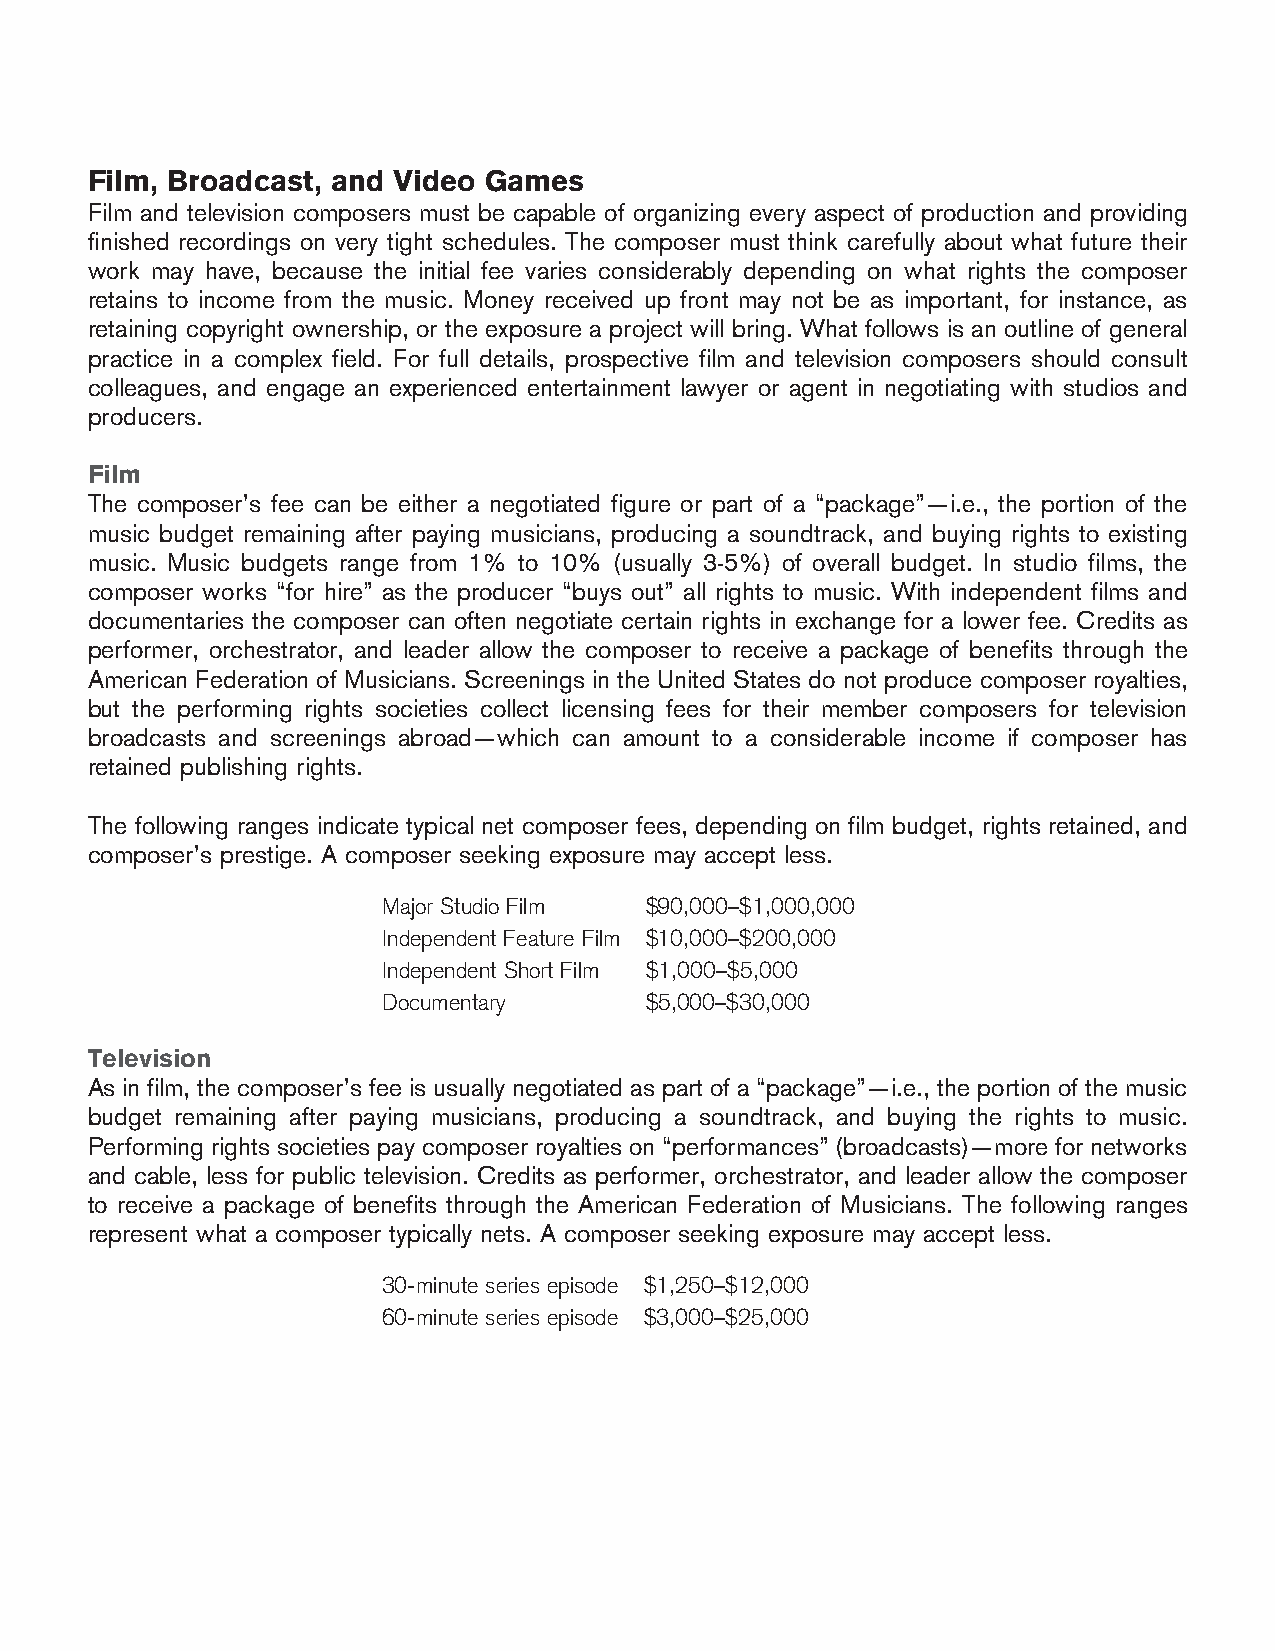
Film, Broadcast, and Video Games
 Film and television composers must be capable of organizing every aspect of production and providing
 finished recordings on very tight schedules. The composer must think carefully about what future their
 work may have, because the initial fee varies considerably depending on what rights the composer
 retains to income from the music. Money received up front may not be as important, for instance, as
 retaining copyright ownership, or the exposure a project will bring. What follows is an outline of general
 practice in a complex field. For full details, prospective film and television composers should consult
 colleagues, and engage an experienced entertainment lawyer or agent in negotiating with studios and
 producers.
 Film
 The composer’s fee can be either a negotiated figure or part of a “package”—i.e., the portion of the
 music budget remaining after paying musicians, producing a soundtrack, and buying rights to existing
 music. Music budgets range from 1% to 10% (usually 3-5%) of overall budget. In studio films, the
 composer works “for hire” as the producer “buys out” all rights to music. With independent films and
 documentaries the composer can often negotiate certain rights in exchange for a lower fee. Credits as
 performer, orchestrator, and leader allow the composer to receive a package of benefits through the
 American Federation of Musicians. Screenings in the United States do not produce composer royalties,
 but the performing rights societies collect licensing fees for their member composers for television
 broadcasts and screenings abroad—which can amount to a considerable income if composer has
 retained publishing rights.
 The following ranges indicate typical net composer fees, depending on film budget, rights retained, and
 composer’s prestige. A composer seeking exposure may accept less.
 Major Studio Film $90,000–$1,000,000
 Independent Feature Film $10,000–$200,000
 Independent Short Film $1,000–$5,000
 Documentary       $5,000–$30,000
 Television
 As in film, the composer’s fee is usually negotiated as part of a “package”—i.e., the portion of the music
 budget remaining after paying musicians, producing a soundtrack, and buying the rights to music.
 Performing rights societies pay composer royalties on “performances” (broadcasts)—more for networks
 and cable, less for public television. Credits as performer, orchestrator, and leader allow the composer
 to receive a package of benefits through the American Federation of Musicians. The following ranges
 represent what a composer typically nets. A composer seeking exposure may accept less.
 30-minute series episode $1,250–$12,000
 60-minute series episode $3,000–$25,000